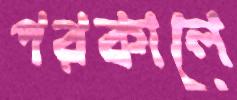
পরকালে